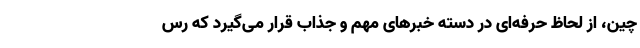
چین، از لحاظ حرفه‌ای در دسته خبرهای مهم و جذاب قرار می‌گیرد که رس